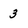
Character: 3